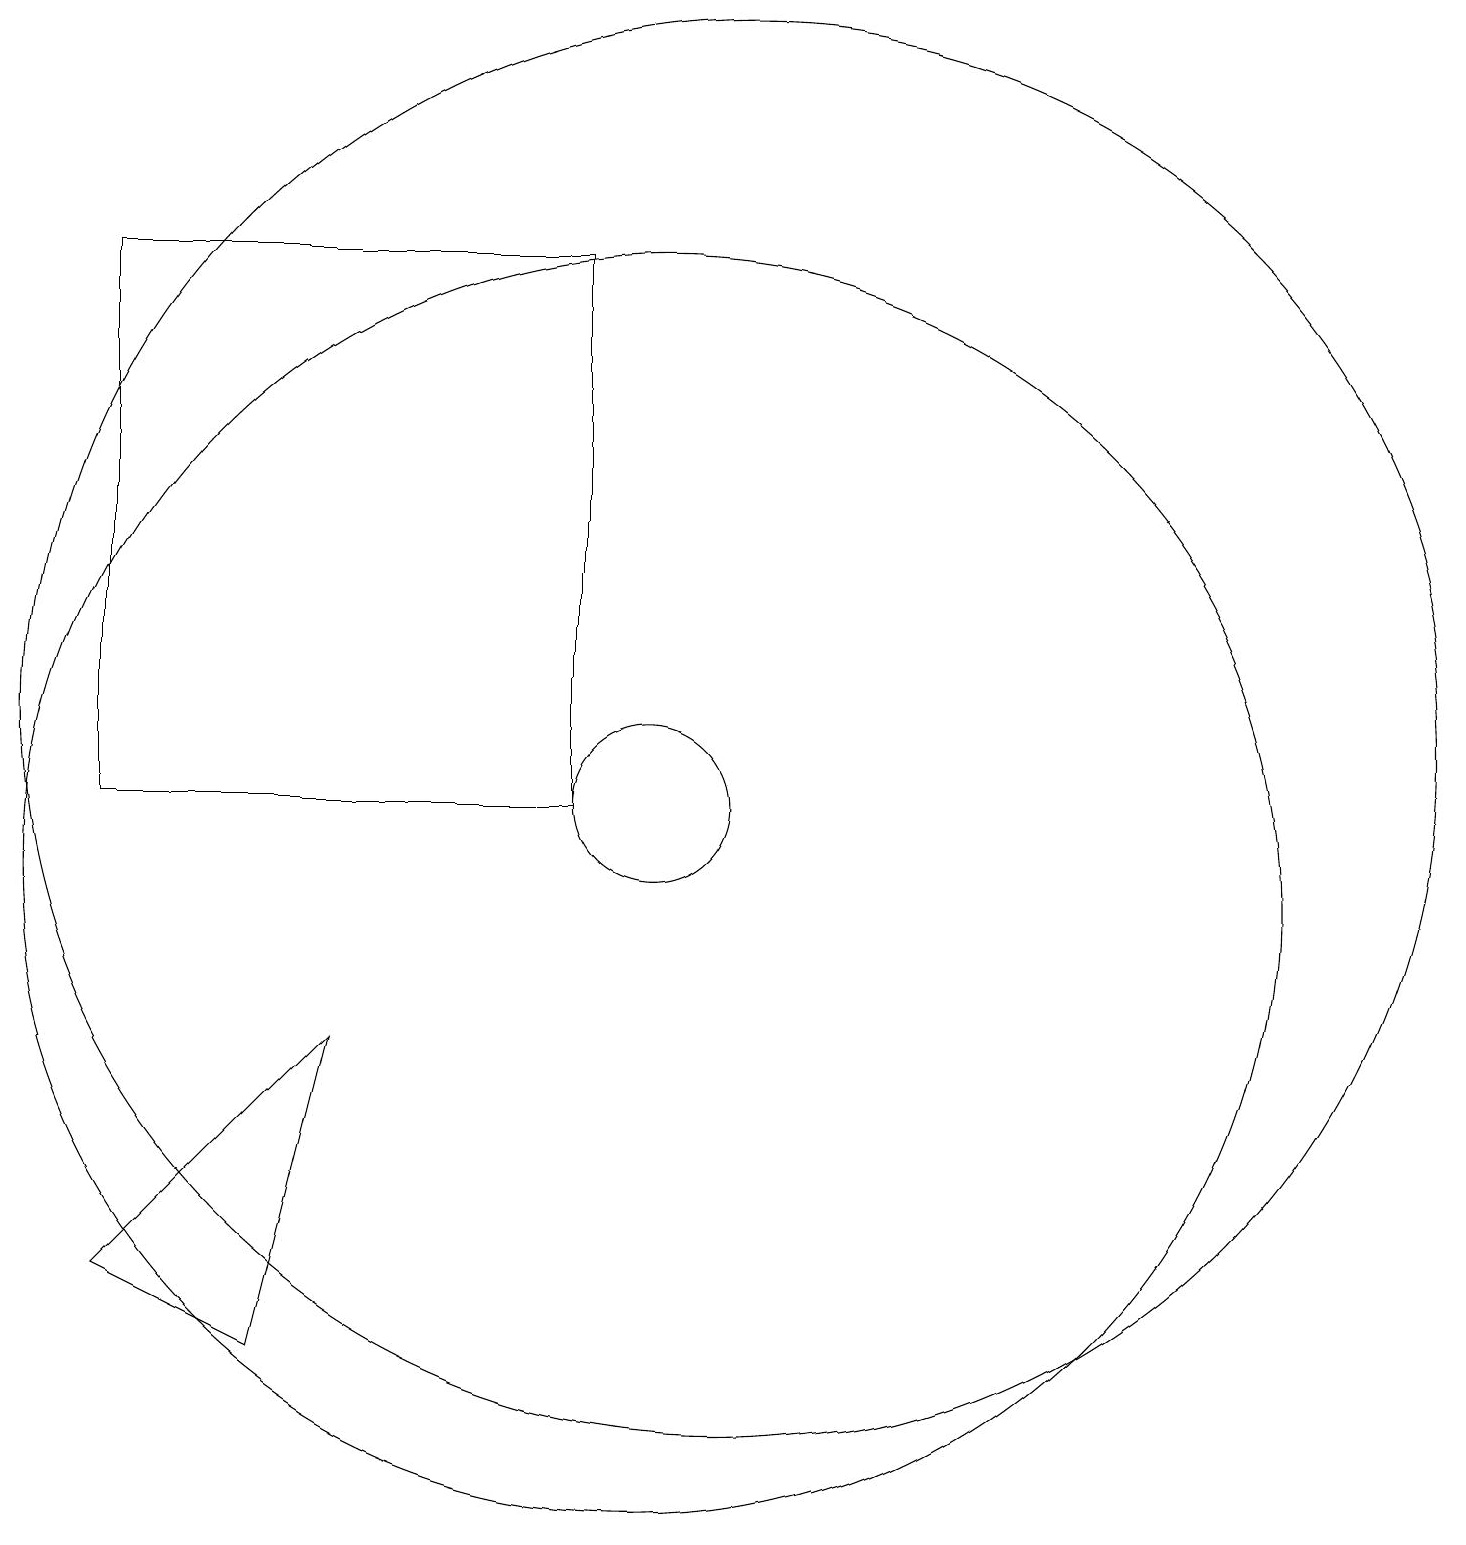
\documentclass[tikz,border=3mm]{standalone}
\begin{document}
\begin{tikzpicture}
\draw (11,12) circle (9);
\draw (10,10) circle (8);
\draw (5,4) -- (3,5) -- (6,8) -- cycle;
\draw (10,11) circle (1);
\draw (9,18) rectangle (3,11);
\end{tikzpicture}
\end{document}